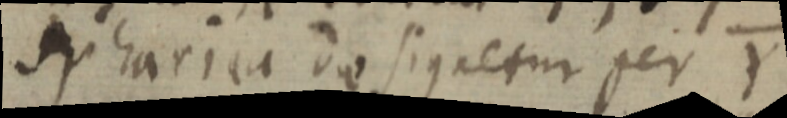
spharica designetur per Y